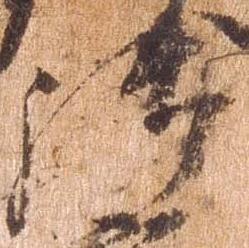
御